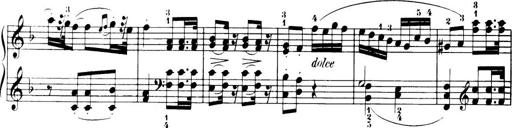
Title: 32 Sonatinas and Rondos for the Piano
Composer: Richard Kleinmichel